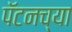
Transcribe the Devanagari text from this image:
पॅटनच्या